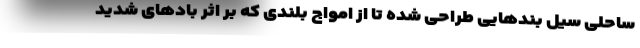
ساحلی سیل بندهایی طراحی شده تا از امواج بلندی که بر اثر بادهای شدید